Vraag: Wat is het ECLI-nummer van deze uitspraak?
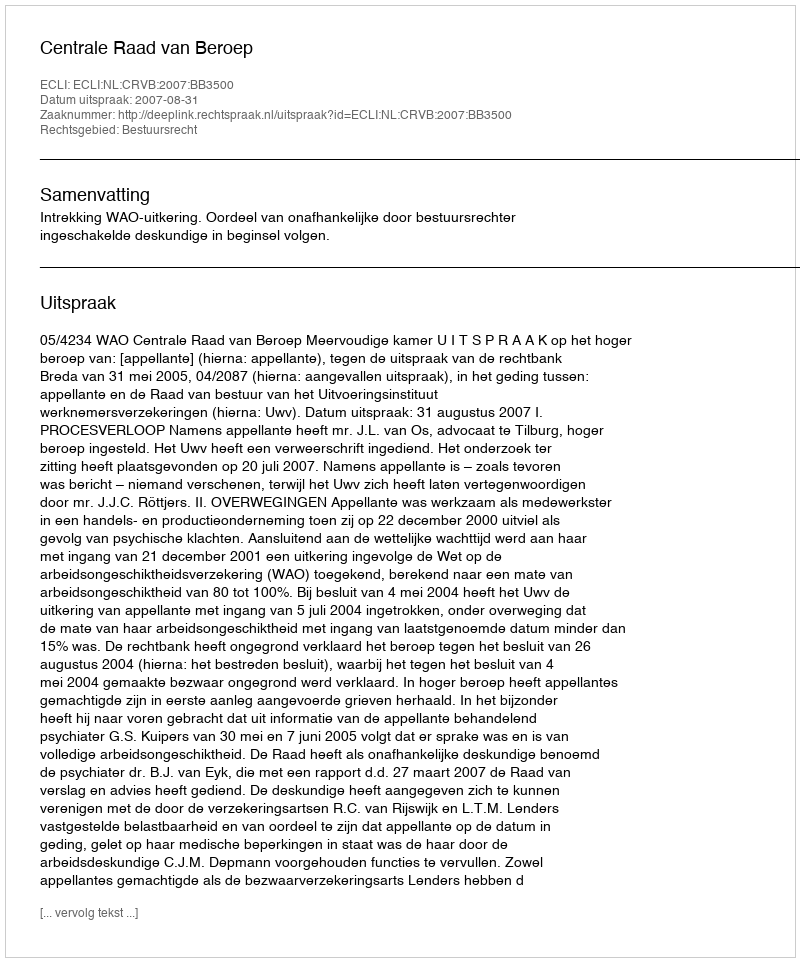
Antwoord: ECLI:NL:CRVB:2007:BB3500